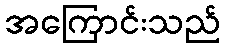
အကြောင်းသည်